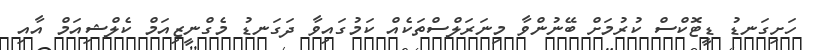
ހަށިގަނޑު ޑީޓޮކްސް ކުރުމަށް ބޭނުންވާ މިނަރަލްސްތަކެއް ކަމުގައިވާ ދަގަނޑު މެގްނީޒިއަމް ކެލްޝިއަމް އާއި